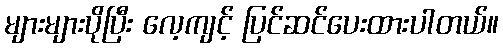
များများပိုပြီး လေ့ကျင့် ပြင်ဆင်ပေးထားပါတယ်။